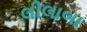
લીલાબા